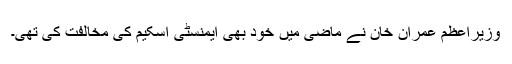
وزیراعظم عمران خان نے ماضی میں خود بھی ایمنسٹی اسکیم کی مخالفت کی تھی۔